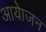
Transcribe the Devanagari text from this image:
आयेाजन